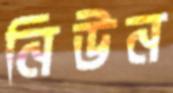
নিউন